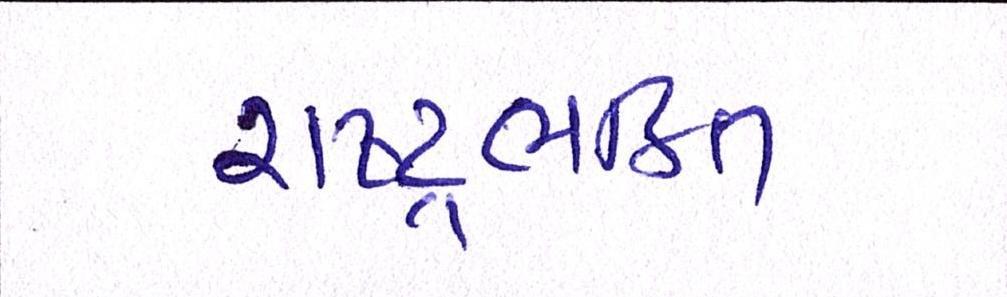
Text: રાષ્ટ્રભક્તિ